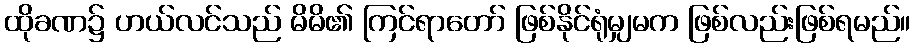
ထိုခဏ၌ ဟယ်လင်သည် မိမိ၏ ကြင်ရာတော် ဖြစ်နိုင်ရုံမျှမက ဖြစ်လည်းဖြစ်ရမည်။